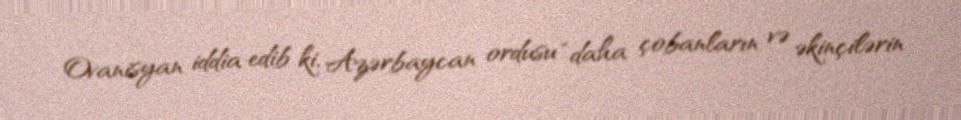
Ovanisyan iddia edib ki, Azərbaycan ordusu “daha çobanların və əkinçilərin